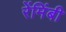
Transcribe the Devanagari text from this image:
रेंमिंबी